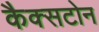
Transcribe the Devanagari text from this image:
कैक्सटोन